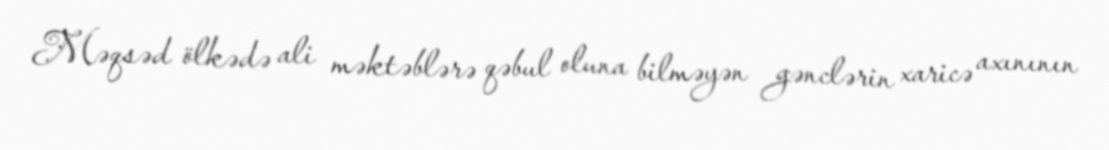
Məqsəd ölkədə ali məktəblərə qəbul oluna bilməyən gənclərin xaricə axınının